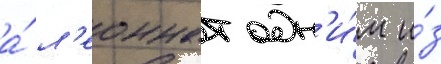
а́ л'еоннат одн'и́м и́з